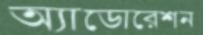
অ্যাডোরেশন